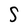
Character: S